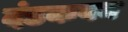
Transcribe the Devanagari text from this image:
दंडकवन